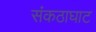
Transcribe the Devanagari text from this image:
संकठाघाट